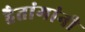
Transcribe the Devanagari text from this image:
हैतांगांनी